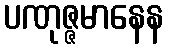
ပဏုဇ္ဇမာနေန